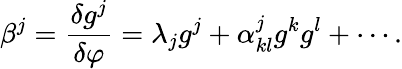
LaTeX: {\beta^{j}}={\frac{\delta{g^{j}}}{\delta\varphi}}={\lambda_{j}}{g^{j}}+{\alpha_{kl}^{j}}{g^{k}}{g^{l}}+\cdots.